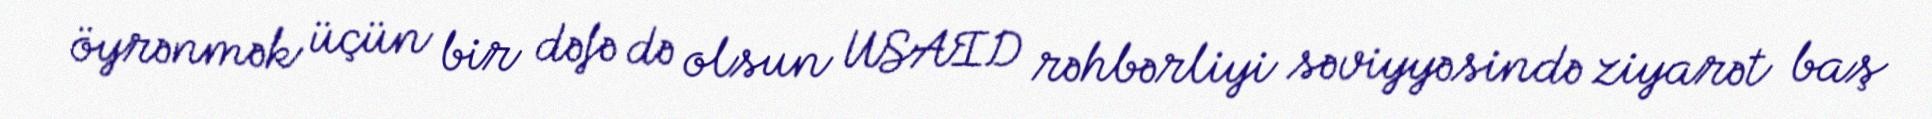
öyrənmək üçün bir dəfə də olsun USAID rəhbərliyi səviyyəsində ziyarət baş